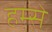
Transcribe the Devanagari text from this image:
हम्से